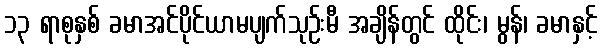
၁၃ ရာစုနှစ် ခမာအင်ပိုင်ယာမပျက်သုဉ်းမီ အချိန်တွင် ထိုင်း၊ မွန်၊ ခမာနှင့်